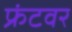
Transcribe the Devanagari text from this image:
फ्रंटवर